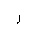
Letter: _ra